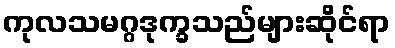
ကုလသမဂ္ဂဒုက္ခသည်များဆိုင်ရာ